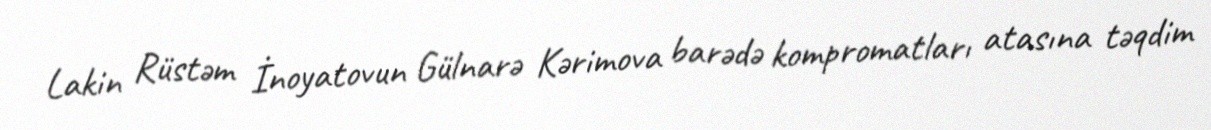
Lakin Rüstəm İnoyatovun Gülnarə Kərimova barədə kompromatları atasına təqdim